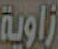
زاوية